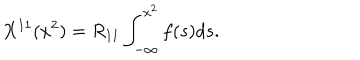
LaTeX: X ^ { 1 1 } ( x ^ { 2 } ) = R _ { 1 1 } \int _ { - \infty } ^ { x ^ { 2 } } f ( s ) d s .